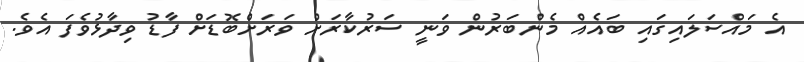
އެ މައްސަލައިގައި ބައެއް މެންބަރުން ވަނީ ސަރުކާރަށް ވަރަށްބޮޑަށް ފާޑު ވިދާޅުވެފަ އެވެ.